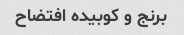
برنج و کوبیده افتضاح